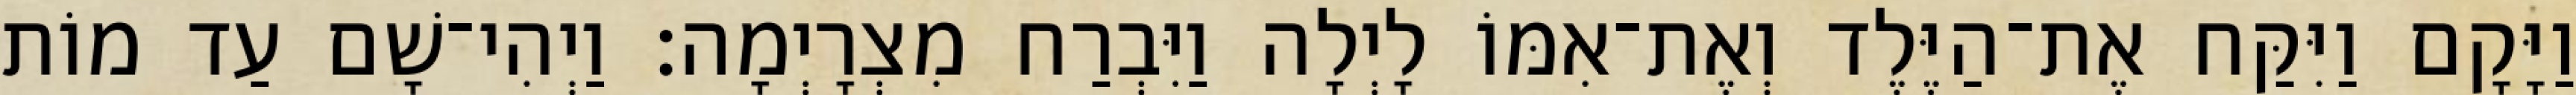
וַיָּקָם וַיִּקַּח אֶת־הַיֶּלֶד וְאֶת־אִמּוֹ לָיְלָה וַיִּבְרַח מִצְרָיְמָה׃ וַיְהִי־שָׁם עַד מוֹת